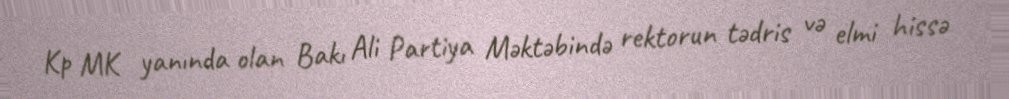
Kp MK yanında olan Bakı Ali Partiya Məktəbində rektorun tədris və elmi hissə